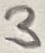
Text: 3